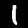
Label: 1